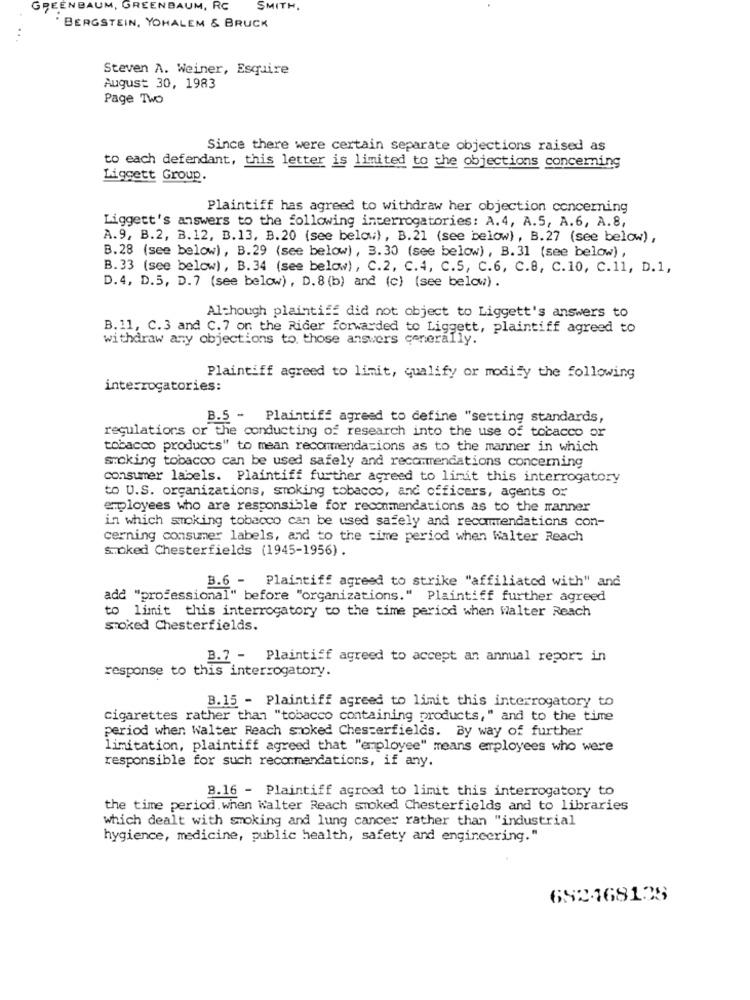
GREENBAUM, GREENBAUM, RC
SMITH.
BERGSTEIN, YOHALEM & BRUCK
..
Steven A. Weiner, Esquire
August 30, 1983
Page Two
Since there were certain separate objections raised as
to each defendant, this letter is limited to the objections concerning
Liggett Group.
Plaintiff has agreed to withdraw her objection concerning
Liggett's answers to the following interrogatories: A.4, A.5, A.6, A.8,
A.9, B.2, B.12, B.13, B.20 (see below), B.21 (see below), B.27 (see below),
B.28 (see below), B.29 (see below), 3.30 (see below), B.31 (see below),
B.33 (see below), B.34 (see below), C.2, C.4, C.5, C.6, C.8, C.10, C.11, D.1,
D.4, D.5, D.7 (see below), D.8 (b) and (c) (see below) .
Although plaintiff did not object to Liggett's answers to
B. 11, C.3 and C.7 on the Rider forwarded to Liggett, plaintiff agreed to
withdraw any objections to. those answers generally.
Plaintiff agreed to limit, qualify or modify the following
interrogatories:
B.5 - Plaintiff agreed to define "setting standards,
regulations or the conducting of research into the use of tobacco or
tobacco products" to mean recommendations as to the manner in which
smoking tobacco can be used safely and recommendations concerning
consumer labels. Plaintiff further agreed to linit this interrogatory
to U.S. organizations, smoking tobacco, and officers, agents ox
employees who are responsible for recommendations as to the manner
in which smoking tobacco can be used safely and recommendations con-
cerning consumer labels, and to the time period when Walter Reach
S.oked Chesterfields (1945-1956) .
B.6 - Plaintiff agreed to strike "affiliated with" and
add "professional" before "organizations." Plaintiff further agreed
to limit this interrogatory to the time period when Walter Reach
stoked Chesterfields.
B.7 - Plaintiff agreed to accept an annual report in
response to this interrogatory.
B.15 - Plaintiff agreed to limit this interrogatory to
cigarettes rather than "tobacco containing products," and to the time
period when Walter Reach smoked Chesterfields. By way of further
limitation, plaintiff agreed that "employee" means employees who were
responsible for such recommendations, if any.
B.16 - Plaintiff agreed to limit this interrogatory to
the time period. when Walter Reach smoked Chesterfields and to libraries
which dealt with smoking and lung cancer rather than "industrial
hygience, medicine, public health, safety and engineering."
692468128